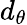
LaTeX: d_{\theta}